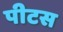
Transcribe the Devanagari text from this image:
पीटस